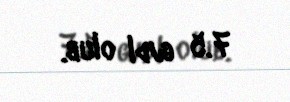
7.5 g/dl olub.